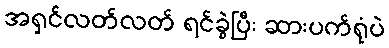
အရှင်လတ်လတ် ရင်ခွဲပြီး ဆားပက်ရုံပဲ